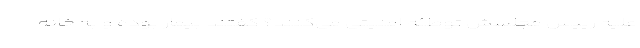
علیه رییس مجلسش توطئه امنیتی می‌کنند؟ گفتند بیمار بوده و به خانه